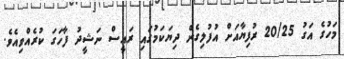
މަހުގެ އަގު 20/25 ރުފިޔާއަށް އުފުލިގެން ދިޔަކަމުގައި ރައީސް ނަޝީދު ފާހަގަ ކުރެއްވިއެވެ.